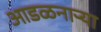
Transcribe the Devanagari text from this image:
आडळनाऱ्या